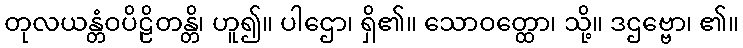
တုလယန္တံဝပိဠိတန္တိ၊ ဟူ၍။ ပါဌော၊ ရှိ၏။ သောဝတ္ထော၊ သို့။ ဒဌဗ္ဗော၊ ၏။